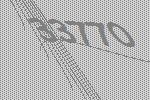
33770